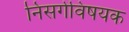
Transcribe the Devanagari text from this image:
निसर्गविषयक